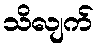
သိလျက်